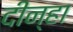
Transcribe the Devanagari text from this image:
दीन्हा